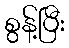
စွန့်ပြီး